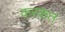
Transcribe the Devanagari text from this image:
करकत